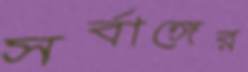
সর্বাঙ্গের